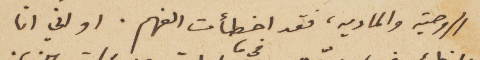
الروحية والماديه، فقد اخطأت الفهم. او اني انا